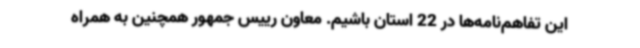
این تفاهم‌نامه‌ها در 22 استان باشیم. معاون رییس جمهور همچنین به همراه